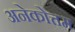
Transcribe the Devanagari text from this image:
अनेकोत्तम